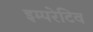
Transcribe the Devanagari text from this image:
इम्परेटिव